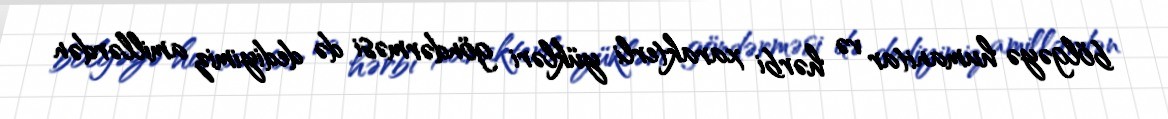
bölgəyə humanitar və hərbi xarakterli yükləri göndərməsi də dediyimiz amillərdən